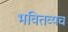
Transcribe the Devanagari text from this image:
भवितव्यच